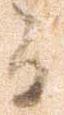
間